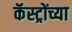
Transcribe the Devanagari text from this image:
कॅस्ट्रोंच्या